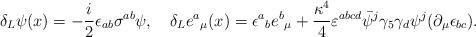
LaTeX: \begin{align*}\delta_L \psi(x) = - {i \over 2} \epsilon_{ab} \sigma^{ab} \psi, \quad\delta_L {e^{a}}_{\mu}(x) = \epsilon{^a}_b e{^b}_{\mu} + {\kappa^{4} \over 4} \varepsilon^{abcd} \bar{\psi}{^j} \gamma_5 \gamma_d \psi{^j} (\partial_{\mu} \epsilon_{bc}).\end{align*}